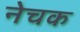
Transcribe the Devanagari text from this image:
नेचक